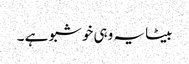
بیٹا یہ وہی خوشبو ہے ۔